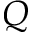
Q